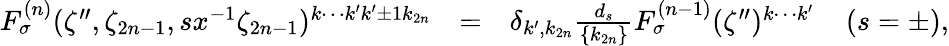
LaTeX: \begin{array}{rcl}{{F_{\sigma}^{(n)}(\zeta^{\prime\prime},\zeta_{2n-1},sx^{-1}\zeta_{2n-1})^{k\cdots k^{\prime}k^{\prime}\pm 1k_{2n}}}}&{{=}}&{{\delta_{k^{\prime},k_{2n}}\frac{d_{s}}{\{ k_{2n}\} }F_{\sigma}^{(n-1)}(\zeta^{\prime\prime})^{k\cdots k^{\prime}}\; \; \; \; (s=\pm),}}\end{array}